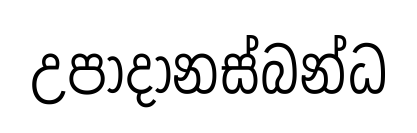
උපාදානස්බන්ධ